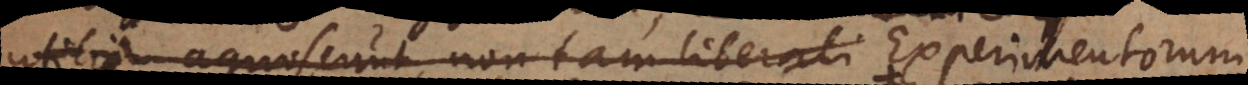
utilia agnoscunt, non tam liberali Experimentorum